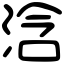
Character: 浛